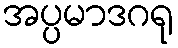
အပ္ပမာဒဂရု